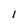
Character: 1